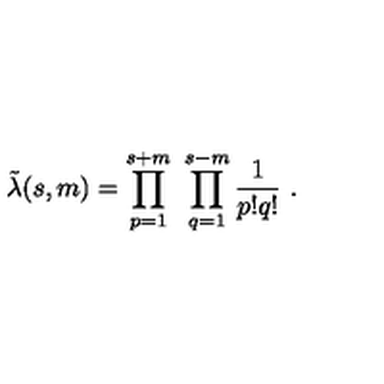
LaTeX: \tilde { \lambda } ( s , m ) = \prod _ { p = 1 } ^ { s + m } \ \prod _ { q = 1 } ^ { s - m } { \frac { 1 } { p ! q ! } } \ .